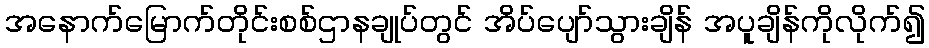
အနောက်မြောက်တိုင်းစစ်ဌာနချုပ်တွင် အိပ်ပျော်သွားချိန် အပူချိန်ကိုလိုက်၍